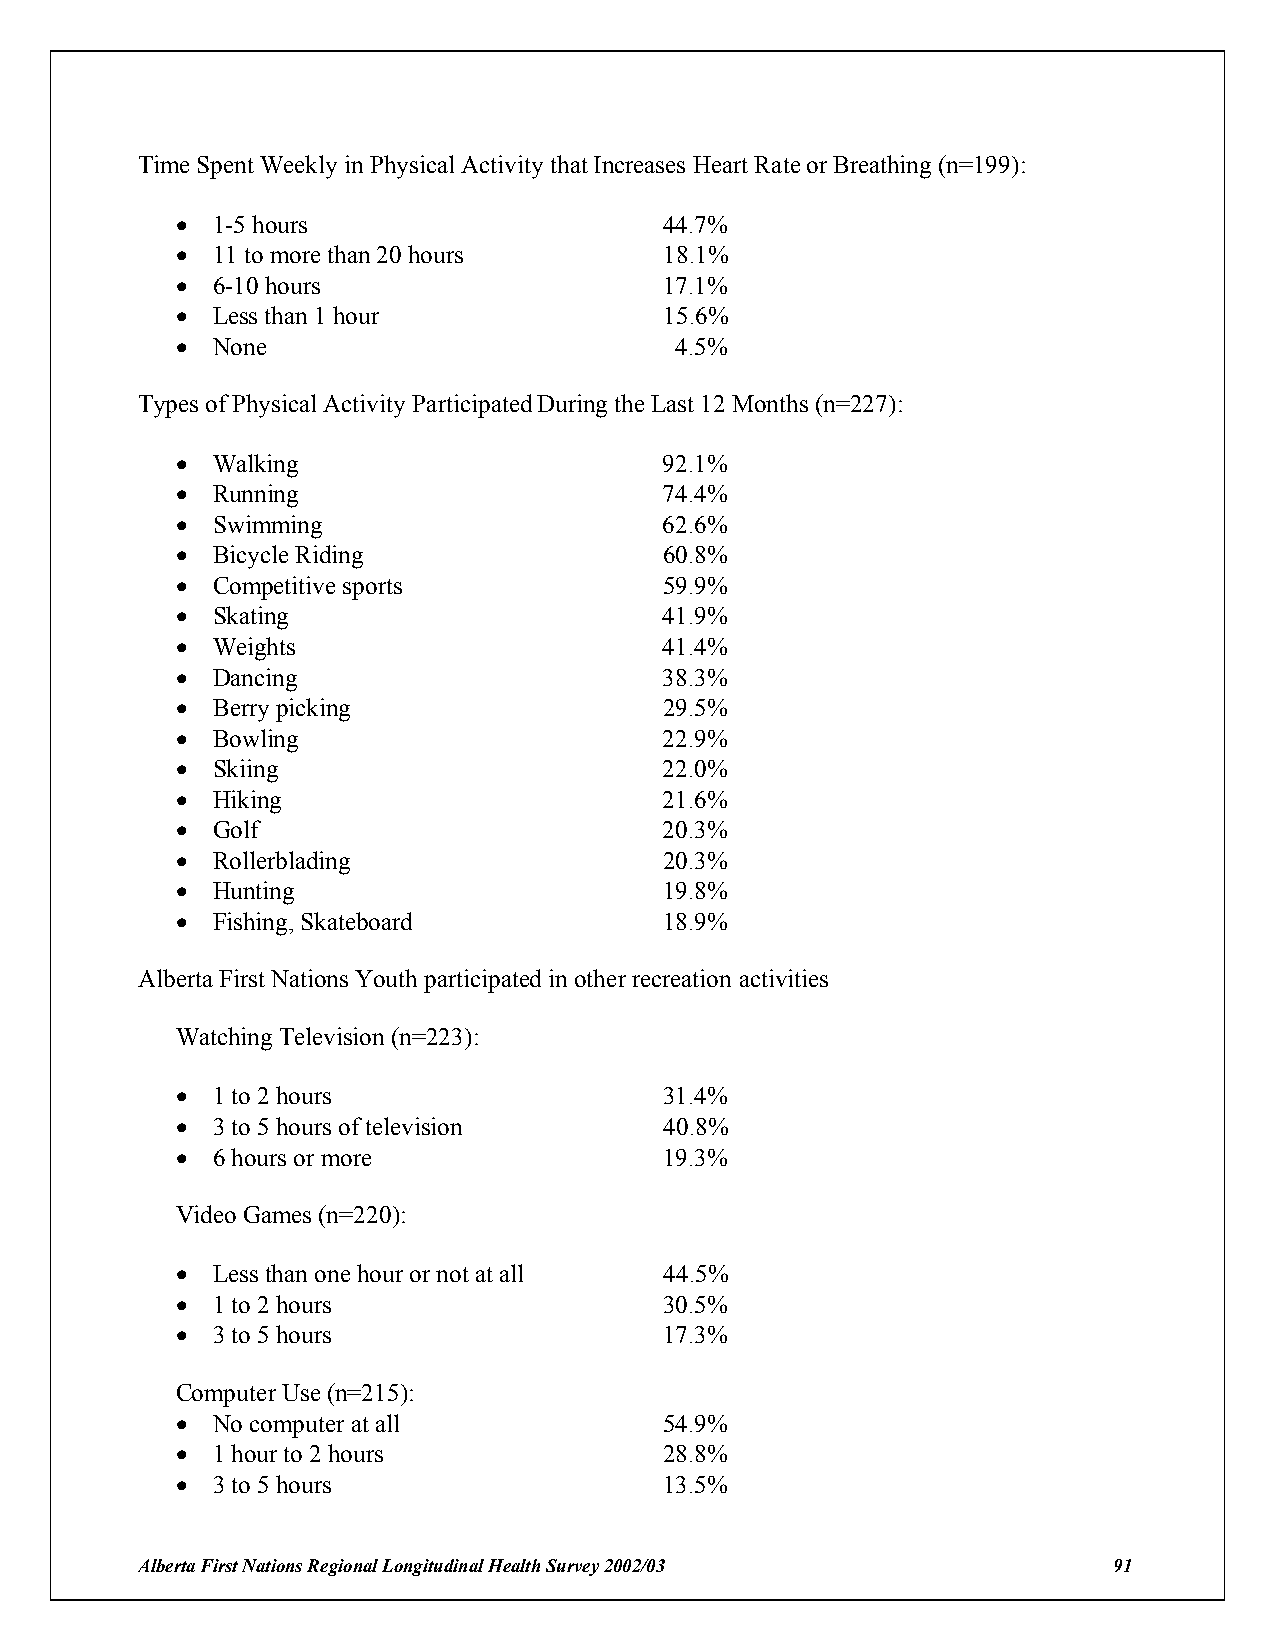
Time Spent Weekly in Physical Activity that Increases Heart Rate or Breathing (n=199):
 ! 1-5 hours                     44.7%
 ! 11 to more than 20 hours      18.1%
 ! 6-10 hours                    17.1%
 ! Less than 1 hour              15.6%
 ! None                           4.5%
 Types of Physical Activity Participated During the Last 12 Months (n=227):
 ! Walking                       92.1%
 ! Running                       74.4%
 ! Swimming                      62.6%
 ! Bicycle Riding                60.8%
 ! Competitive sports            59.9%
 ! Skating                       41.9%
 ! Weights                       41.4%
 ! Dancing                       38.3%
 ! Berry picking                 29.5%
 ! Bowling                       22.9%
 ! Skiing                        22.0%
 ! Hiking                        21.6%
 ! Golf                          20.3%
 ! Rollerblading                 20.3%
 ! Hunting                       19.8%
 ! Fishing, Skateboard           18.9%
 Alberta First Nations Youth participated in other recreation activities
 Watching Television (n=223):
 ! 1 to 2 hours                  31.4%
 ! 3 to 5 hours of television    40.8%
 ! 6 hours or more               19.3%
 Video Games (n=220):
 ! Less than one hour or not at all 44.5%
 ! 1 to 2 hours                  30.5%
 ! 3 to 5 hours                  17.3%
 Computer Use (n=215):
 ! No computer at all            54.9%
 ! 1 hour to 2 hours             28.8%
 ! 3 to 5 hours                  13.5%
 Alberta First Nations Regional Longitudinal Health Survey 2002/03 91